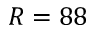
R = 8 8